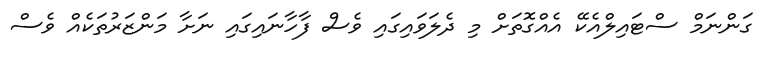
ގަންނަމް ސްޓައިލްއެކޭ އެއްގޮތަށް މި ދެލަވައިގައި ވެސް ފާހާނައިގައި ނަށާ މަންޒަރުތަކެއް ވެސް